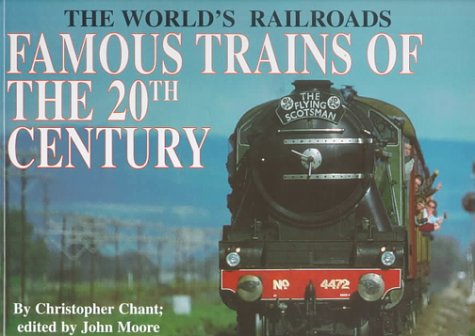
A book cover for Famous Trains/20th Century (World's Railroads); Christopher Chant; Teen & Young Adult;